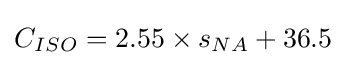
C_{ISO}=2.55\times s_{NA}+36.5